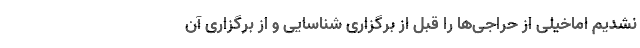
نشدیم اماخیلی از حراجی‌ها را قبل از برگزاری شناسایی و از برگزاری آن